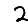
Digit: 2